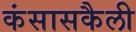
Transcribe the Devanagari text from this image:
कंसासकैली